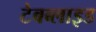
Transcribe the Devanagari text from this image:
टेबब्लाइड